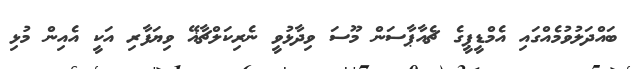
ބައްދަލުވުމެއްގައި އެމްޑީޕީގެ ޗެއާޕާސަން މޫސަ ވިދާޅުވީ ނެރިކަލްޗާޣޭ ވިޔަފާރި އަކީ އެއިން މުޅި